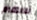
للانتقام